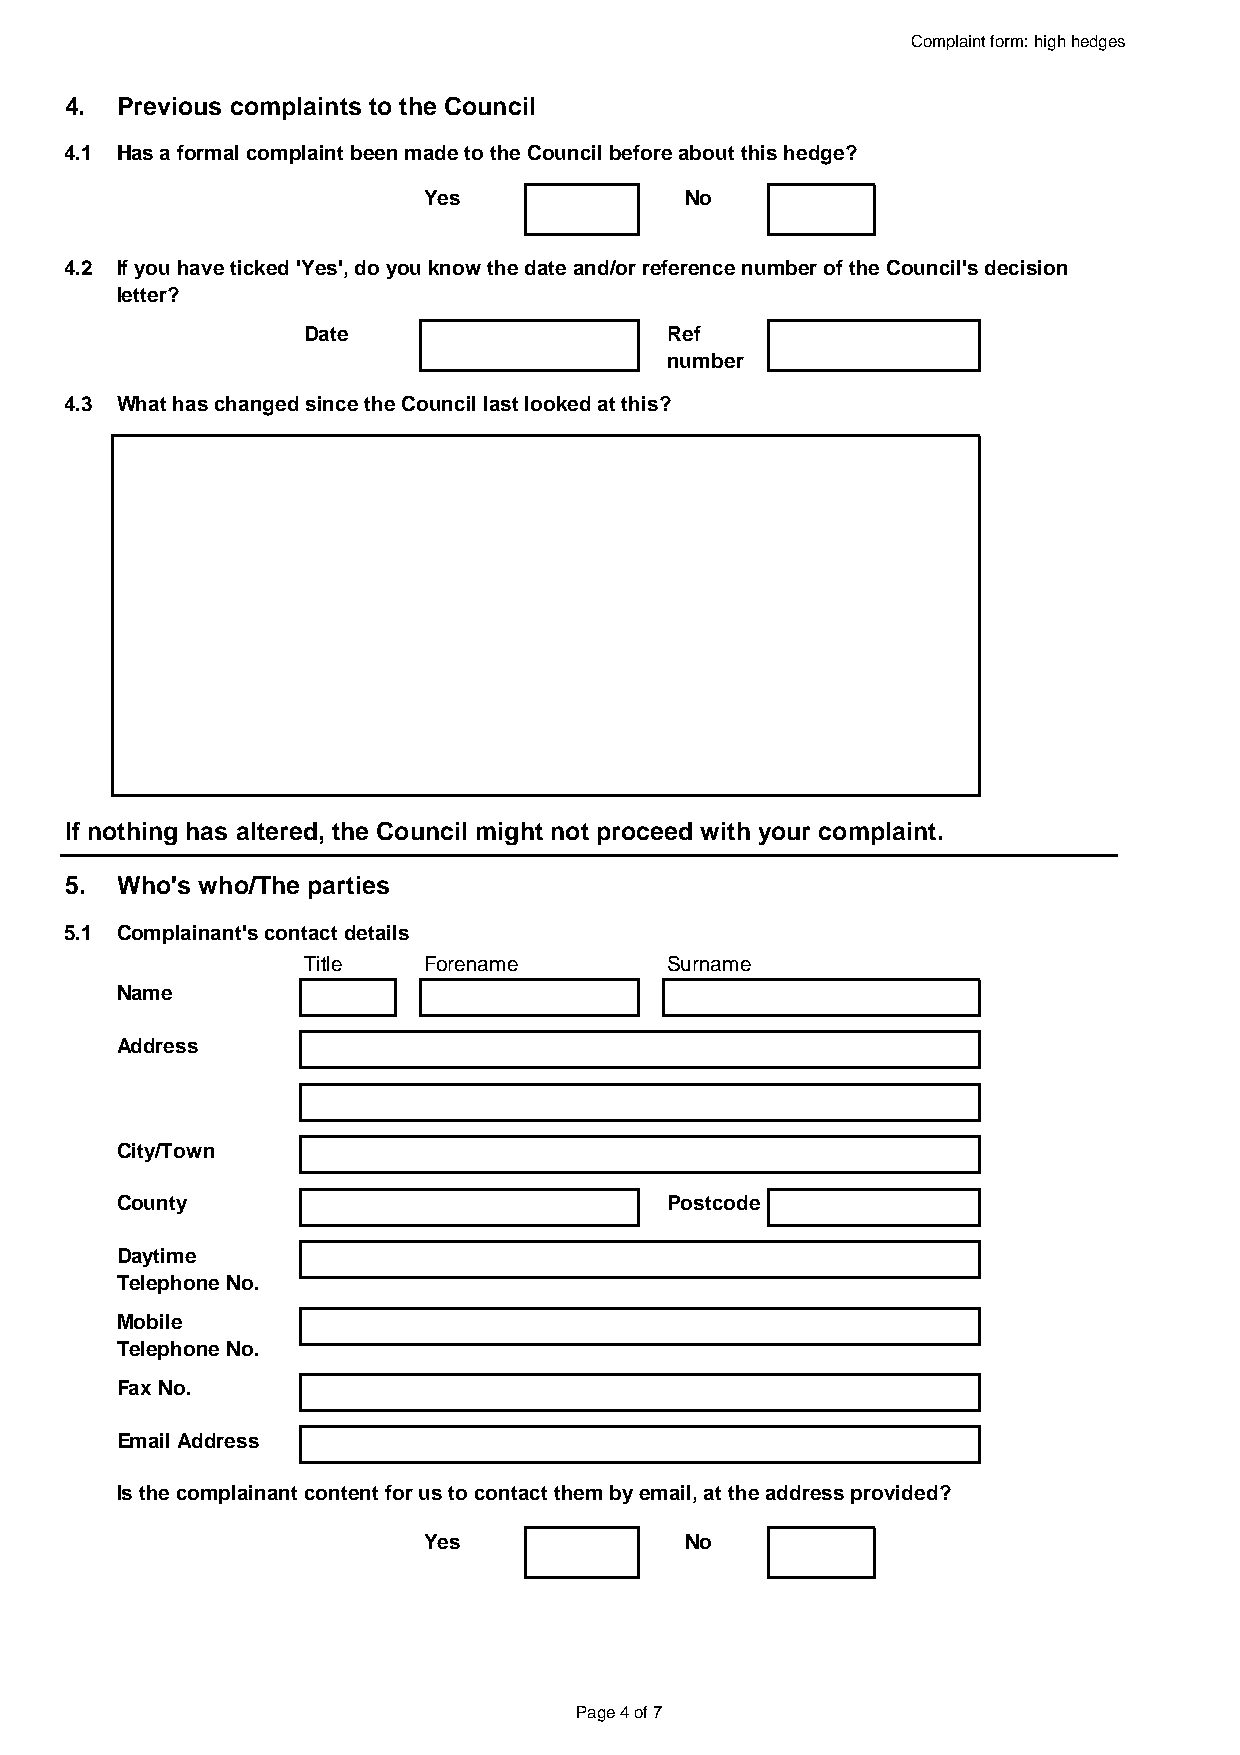
Complaint form: high hedges
 4.  Previous complaints to the Council
 4.1 Has a formal complaint been made to the Council before about this hedge?
 Yes              No
 4.2 If you have ticked 'Yes', do you know the date and/or reference number of the Council's decision
 letter?
 Date                    Ref
 number
 4.3 What has changed since the Council last looked at this?
 If nothing has altered, the Council might not proceed with your complaint.
 5.  Who's who/The parties
 5.1 Complainant's contact details
 Title   Forename        Surname
 Name
 Address
 City/Town
 County                              Postcode
 Daytime
 Telephone No.
 Mobile
 Telephone No.
 Fax No.
 Email Address
 Is the complainant content for us to contact them by email, at the address provided?
 Yes              No
 Page 4 of 7